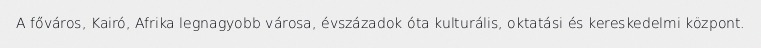
A főváros, Kairó, Afrika legnagyobb városa, évszázadok óta kulturális, oktatási és kereskedelmi központ.